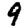
Digit: 9